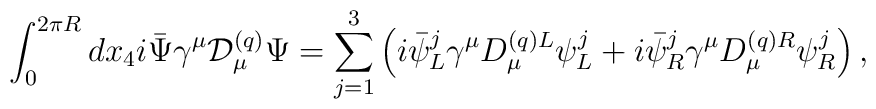
\int^{2\pi R}_0 dx_4 i\bar{\Psi}\gamma^\mu {\cal D}^{(q)}_\mu \Psi               =\sum^3_{j=1} \left( i\bar{\psi}^j_L \gamma^\mu D^{(q)L}_\mu \psi^j_L               +i\bar{\psi}^j_R \gamma^\mu D^{(q)R}_\mu \psi^j_R \right),